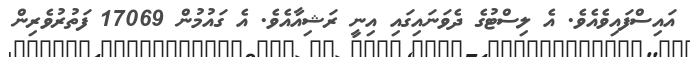
އައިސްފައިވެއެވެ. އެ ލިސްޓުގެ ދެވަނަައިގައި އިނީ ރަޝިއާއެވެ. އެެ ގައުމުން 17069 ފަތުރުވެރިން